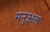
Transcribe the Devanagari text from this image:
मनुअल